Leaving Certificate Examination, 1922
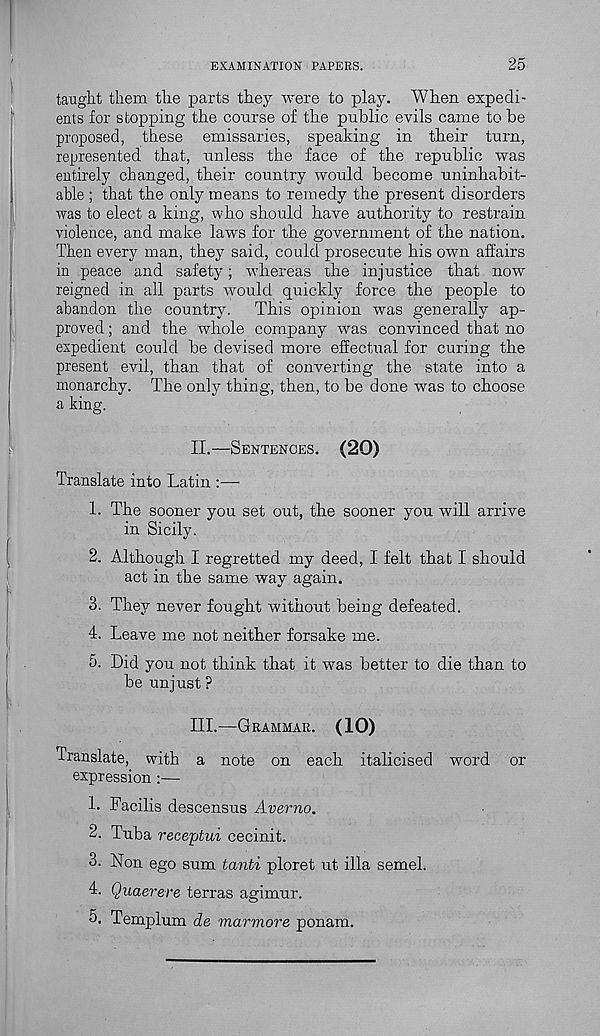
EXAMINATION PAPERS.
25
taught them the parts they were to play. When expedi-
ents for stopping the course of the public evils came to be
proposed, these emissaries, speaking in their turn,
represented that, unless the face of the republic was
entirely changed, their country would become uninhabit-
able ; that the only means to remedy the present disorders
was to elect a king, who should have authority to restrain
violence, and make laws for the government of the nation.
Then every man, they said, could prosecute his own affairs
in peace and safety; whereas the injustice that now
reigned in all parts would quickly force the people to
abandon the country. This opinion was generally ap-
proved ; and the whole company was convinced that no
expedient could be devised more effectual for curing the
present evil, than that of converting the state into a
monarchy. The only thing, then, to be done was to choose
a king.
II.
—
Translate into Latin :—
1. The sooner you set out, the sooner yon will arrive
in Sicily.
2. Although I regretted my deed, I felt that I should
act in the same way again.
3. They never fought without being defeated.
4. Leave me not neither forsake me.
5. Did you not think that it was better to die than to
be unjust ?
III.
—
Translate, with a note on each italicised word or
expression :—
1. Facilis descensus Averno.
2. Tuba receptui cecinit.
3. Non ego sum lanti ploret ut ilia semel.
4. Quaerere terras agimur.
5. Templum de marmore ponam.